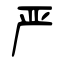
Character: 严